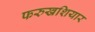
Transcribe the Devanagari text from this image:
फरुखशियार